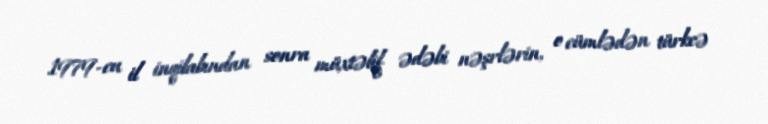
1979-cu il inqilabından sonra müxtəlif ədəbi nəşrlərin, o cümlədən türkcə